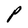
Character: P